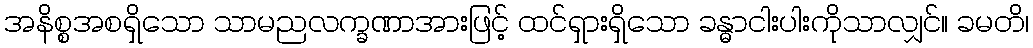
အနိစ္စအစရှိသော သာမညလက္ခဏာအားဖြင့် ထင်ရှားရှိသော ခန္ဓာငါးပါးကိုသာလျှင်။ ခမတိ၊